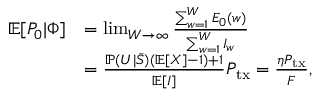
\begin{array} { r l } { \mathbb { E } [ P _ { 0 } \vert \Phi ] } & { = \operatorname* { l i m } _ { W \to \infty } \frac { \sum _ { w = 1 } ^ { W } E _ { 0 } ( w ) } { \sum _ { w = 1 } ^ { W } I _ { w } } } \\ & { = \frac { \mathbb { P } ( U \vert \bar { S } ) ( \mathbb { E } [ X ] - 1 ) + 1 } { \mathbb { E } [ I ] } P _ { \mathrm { t x } } = \frac { \eta P _ { \mathrm { t x } } } { F } , } \end{array}